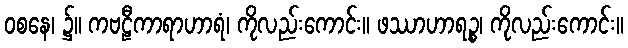
ဝစနေ၊ ၌။ ကဗဠီကာရာဟာရံ၊ ကိုလည်းကောင်း။ ဖဿာဟာရဉ္စ၊ ကိုလည်းကောင်း။